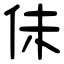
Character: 佅